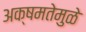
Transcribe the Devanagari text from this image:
अक्षमतेमुळे